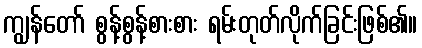
ကျွန်တော် စွန့်စွန့်စားစား ရမ်းတုတ်လိုက်ခြင်းဖြစ်၏။